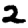
Digit: 2